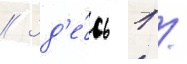
// Зд'е́сь 1 /